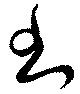
書